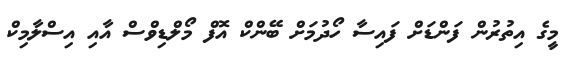
މީގެ އިތުރުން ފަންޑަށް ފައިސާ ހޯދުމަށް ބޭންކް އޮފް މޯލްޑިވްސް އާއި އިސްލާމިކް